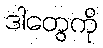
ဒါတွေကို